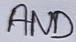
Text: AND